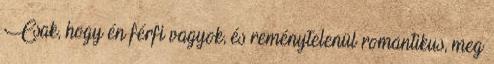
Csak, hogy én férfi vagyok, és reménytelenül romantikus, meg